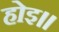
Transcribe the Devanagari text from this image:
होइ॥